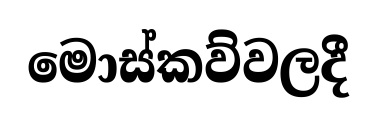
මොස්කව්වලදී